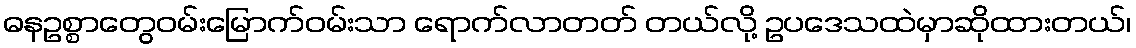
ဓနဥစ္စာတွေဝမ်းမြောက်ဝမ်းသာ ရောက်လာတတ် တယ်လို့ ဥပဒေသထဲမှာဆိုထားတယ်၊